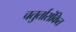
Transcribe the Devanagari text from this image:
चतुर्तारांकित